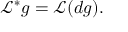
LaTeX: { \mathcal { L } } ^ { * } g = { \mathcal { L } } ( d g ) .